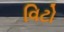
વિટો